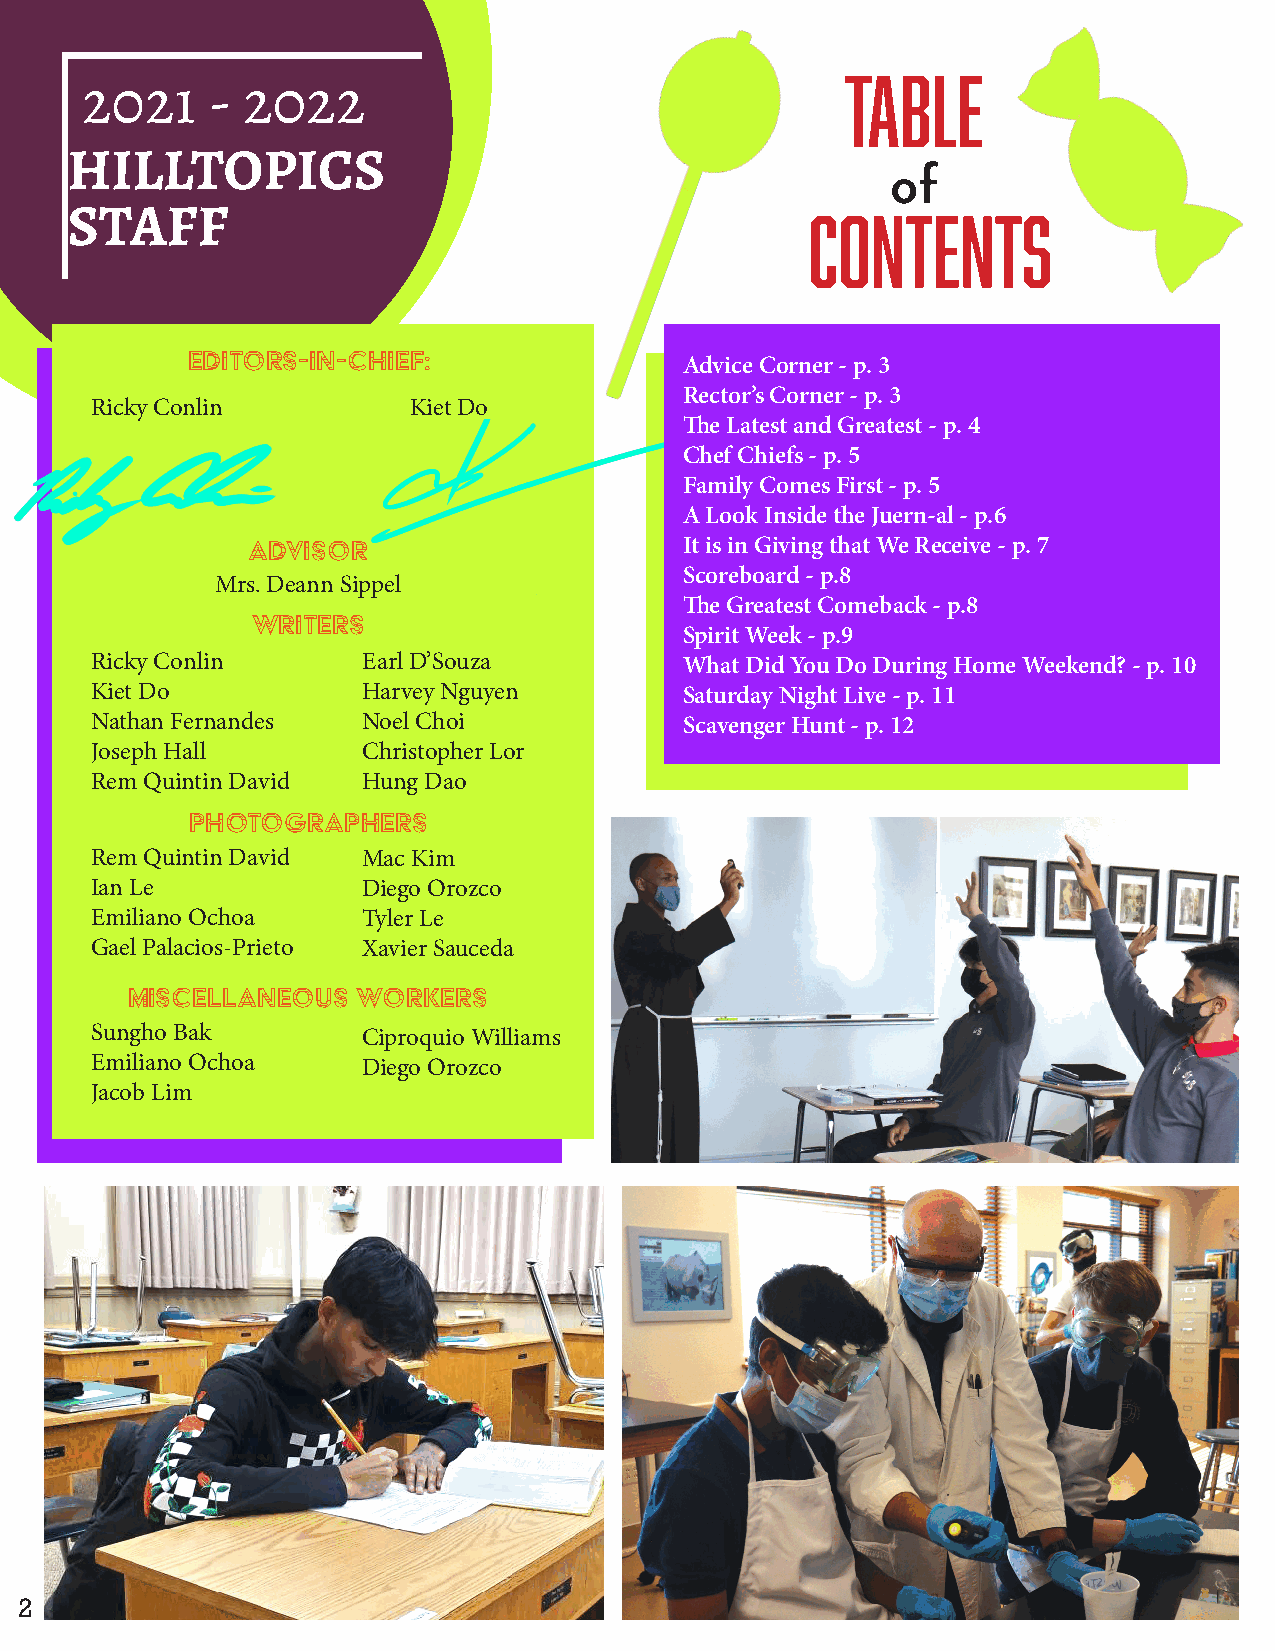
Table
 2021     - 2022
 HILLTOPICS
 of
 STAFF                                             Contents
 Editors-In-Chief:
 Advice Corner - p. 3
 Rector’s Corner - p. 3
 Ricky Conlin         Kiet Do
 The Latest and Greatest - p. 4
 Chef Chiefs - p. 5
 Family Comes First - p. 5
 A Look Inside the Juern-al - p.6
 Advisor                      It is in Giving that We Receive - p. 7
 Scoreboard - p.8
 Mrs. Deann Sippel
 The Greatest Comeback - p.8
 Writers
 Spirit Week - p.9
 Ricky Conlin      Earl D’Souza         What Did You Do During Home Weekend? - p. 10
 Kiet Do           Harvey Nguyen        Saturday Night Live - p. 11
 Nathan Fernandes  Noel Choi            Scavenger Hunt - p. 12
 Joseph Hall       Christopher Lor
 Rem Quintin David Hung Dao
 Photographers
 Rem Quintin David Mac Kim
 Ian Le            Diego Orozco
 Emiliano Ochoa    Tyler Le
 Gael Palacios-Prieto Xavier Sauceda
 Miscellaneous   Workers
 Sungho Bak        Ciproquio Williams
 Emiliano Ochoa    Diego Orozco
 Jacob Lim
 22